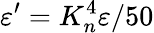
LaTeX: \varepsilon^{\prime}=K_{n}^{4}\varepsilon/50